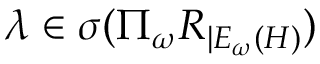
\lambda \in \sigma ( \Pi _ { \omega } R _ { | E _ { \omega } ( H ) } )